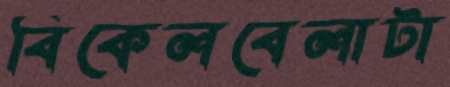
বিকেলবেলাটা